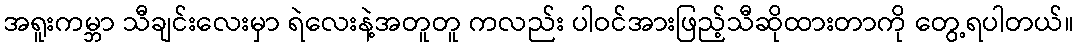
အရူးကမ္ဘာ သီချင်းလေးမှာ ရဲလေးနဲ့အတူတူ ကလည်း ပါဝင်အားဖြည့်သီဆိုထားတာကို တွေ့ရပါတယ်။